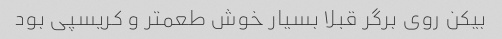
بیکن روی برگر قبلا بسیار خوش طعمتر و کریسپی بود